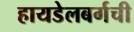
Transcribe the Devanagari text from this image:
हायडेलबर्गची